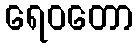
ရေဝတော